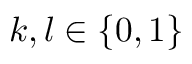
k , l \in \{ 0 , 1 \}